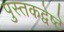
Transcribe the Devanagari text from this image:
पुस्तकद्वेष्टे